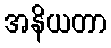
အနိယတာ